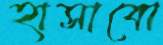
হাসাবো